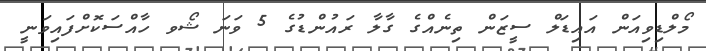
މޯލްޑިވިއަން އައިޑަލް ސީޒަން ތިނެއްގެ ގާލާ ރައުންޑުގެ 5 ވަނަ ޝޯވ ހާއްސަކޮށްފައިވަނީ